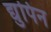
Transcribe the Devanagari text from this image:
द्युपिन